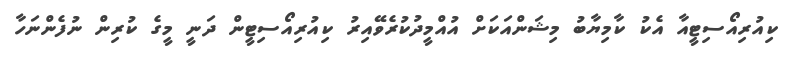
ކިއުރިއޯސިޓީއާ އެކު ކާމިޔާބު މިޝަންއަކަށް އުއްމީދުކުރެވޭއިރު ކިއުރިއޯސިޓީން ދަނީ މީގެ ކުރިން ނުފެންނަހާ